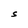
Character: S